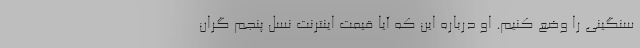
سنگینی را وضع کنیم. او درباره این که آیا قیمت اینترنت نسل پنجم گران